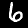
Label: 6